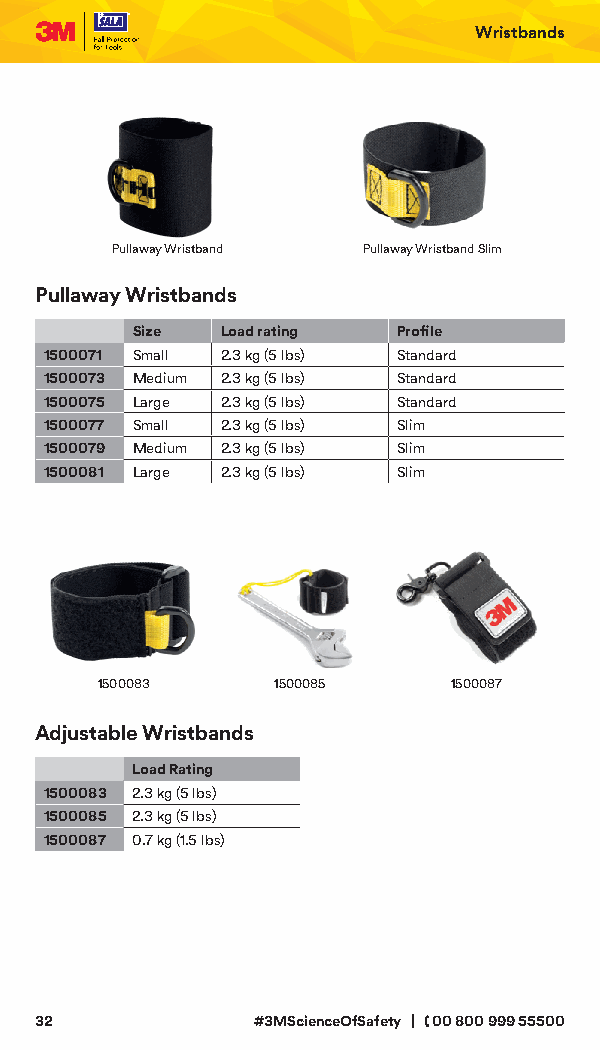
Wristbands
 Pullaway Wristband Pullaway Wristband Slim
 Pullaway Wristbands
 Size  Load rating Profile
 1500071 Small 2.3 kg (5 lbs) Standard
 1500073 Medium 2.3 kg (5 lbs) Standard
 1500075 Large 2.3 kg (5 lbs) Standard
 1500077 Small 2.3 kg (5 lbs) Slim
 1500079 Medium 2.3 kg (5 lbs) Slim
 1500081 Large 2.3 kg (5 lbs) Slim
 1500083     1500085     1500087
 Adjustable Wristbands
 Load Rating
 1500083 2.3 kg (5 lbs)
 1500085 2.3 kg (5 lbs)
 1500087 0.7 kg (1.5 lbs)
 32             #3MScienceOfSafety | 00 800 999 55500